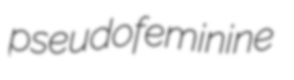
pseudofeminine